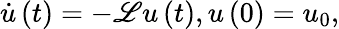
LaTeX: \dot{u}\left(t\right)=-\mathscr{L}u\left(t\right),u\left(0\right)=u_{0},